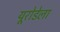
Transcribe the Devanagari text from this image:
यूरोडेला